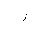
Letter: _ra